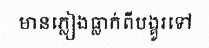
មានភ្លៀងធ្លាក់ពីបង្គូរទៅ